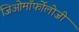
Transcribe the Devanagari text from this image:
जिओमॉर्फोलोजी